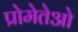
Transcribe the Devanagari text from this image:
प्रोमेतेओ